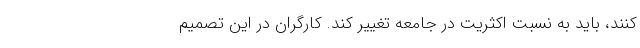
کنند، باید به نسبت اکثریت در جامعه تغییر کند. کارگران در این تصمیم